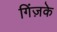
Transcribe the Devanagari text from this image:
गिंज़के